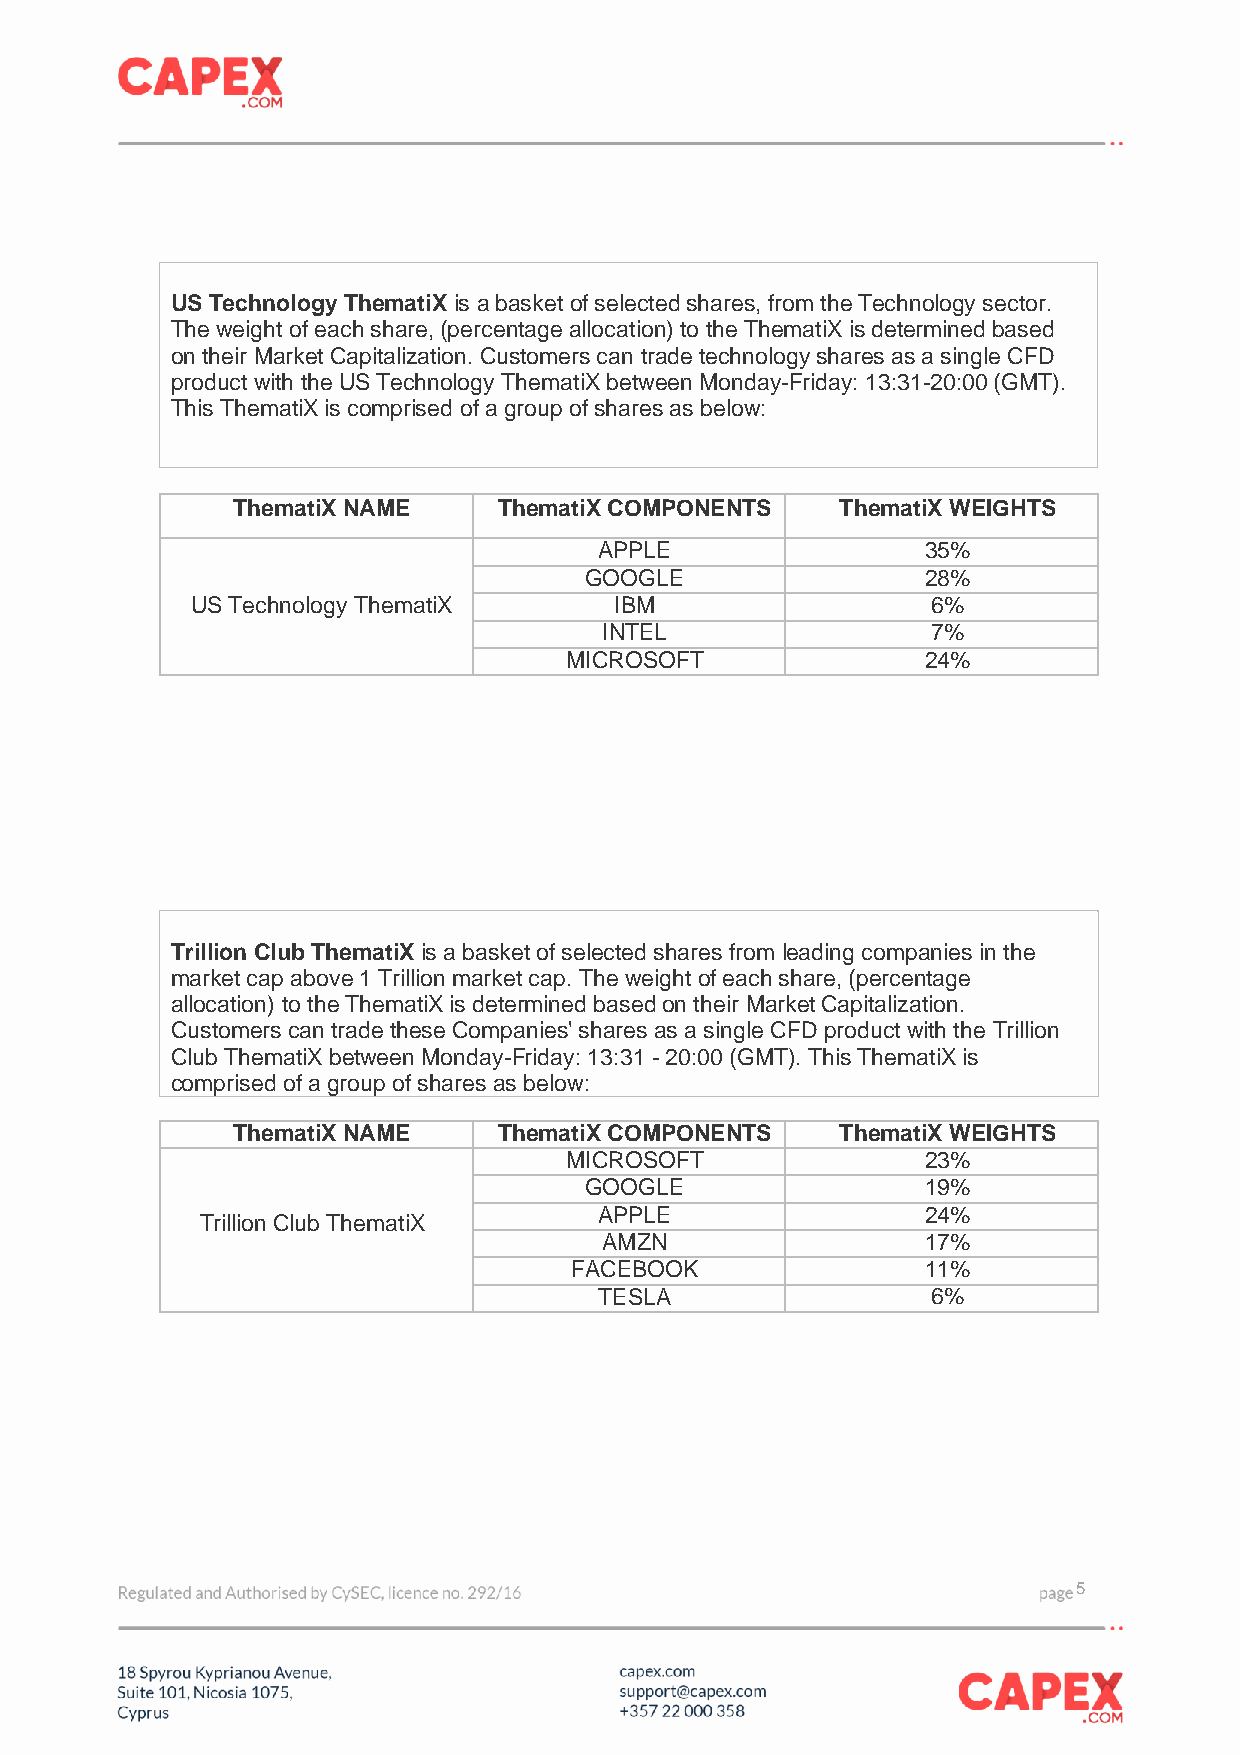
US Technology ThematiX is a basket of selected shares, from the Technology sector.
 The weight of each share, (percentage allocation) to the ThematiX is determined based
 on their Market Capitalization. Customers can trade technology shares as a single CFD
 product with the US Technology ThematiX between Monday-Friday: 13:31-20:00 (GMT).
 This ThematiX is comprised of a group of shares as below:
 ThematiX NAME     ThematiX COMPONENTS    ThematiX WEIGHTS
 APPLE                35%
 GOOGLE                28%
 US Technology ThematiX      IBM                  6%
 INTEL                 7%
 MICROSOFT               24%
 Trillion Club ThematiX is a basket of selected shares from leading companies in the
 market cap above 1 Trillion market cap. The weight of each share, (percentage
 allocation) to the ThematiX is determined based on their Market Capitalization.
 Customers can trade these Companies' shares as a single CFD product with the Trillion
 Club ThematiX between Monday-Friday: 13:31 - 20:00 (GMT). This ThematiX is
 comprised of a group of shares as below:
 ThematiX NAME     ThematiX COMPONENTS    ThematiX WEIGHTS
 MICROSOFT               23%
 GOOGLE                19%
 APPLE                24%
 Trillion Club ThematiX
 AMZN                 17%
 FACEBOOK               11%
 TESLA                 6%
 5